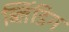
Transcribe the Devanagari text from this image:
ब्लिंडिग